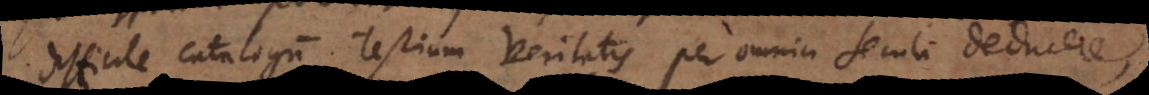
difficile catalogum testium veritatis per omnia secula deducere,